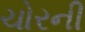
ચોરની